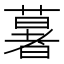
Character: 𦾧